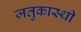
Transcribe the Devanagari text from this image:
जतुकास्थी